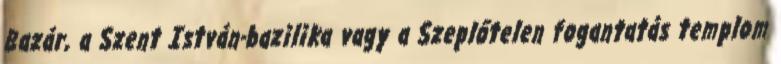
Bazár, a Szent István-bazilika vagy a Szeplőtelen fogantatás templom